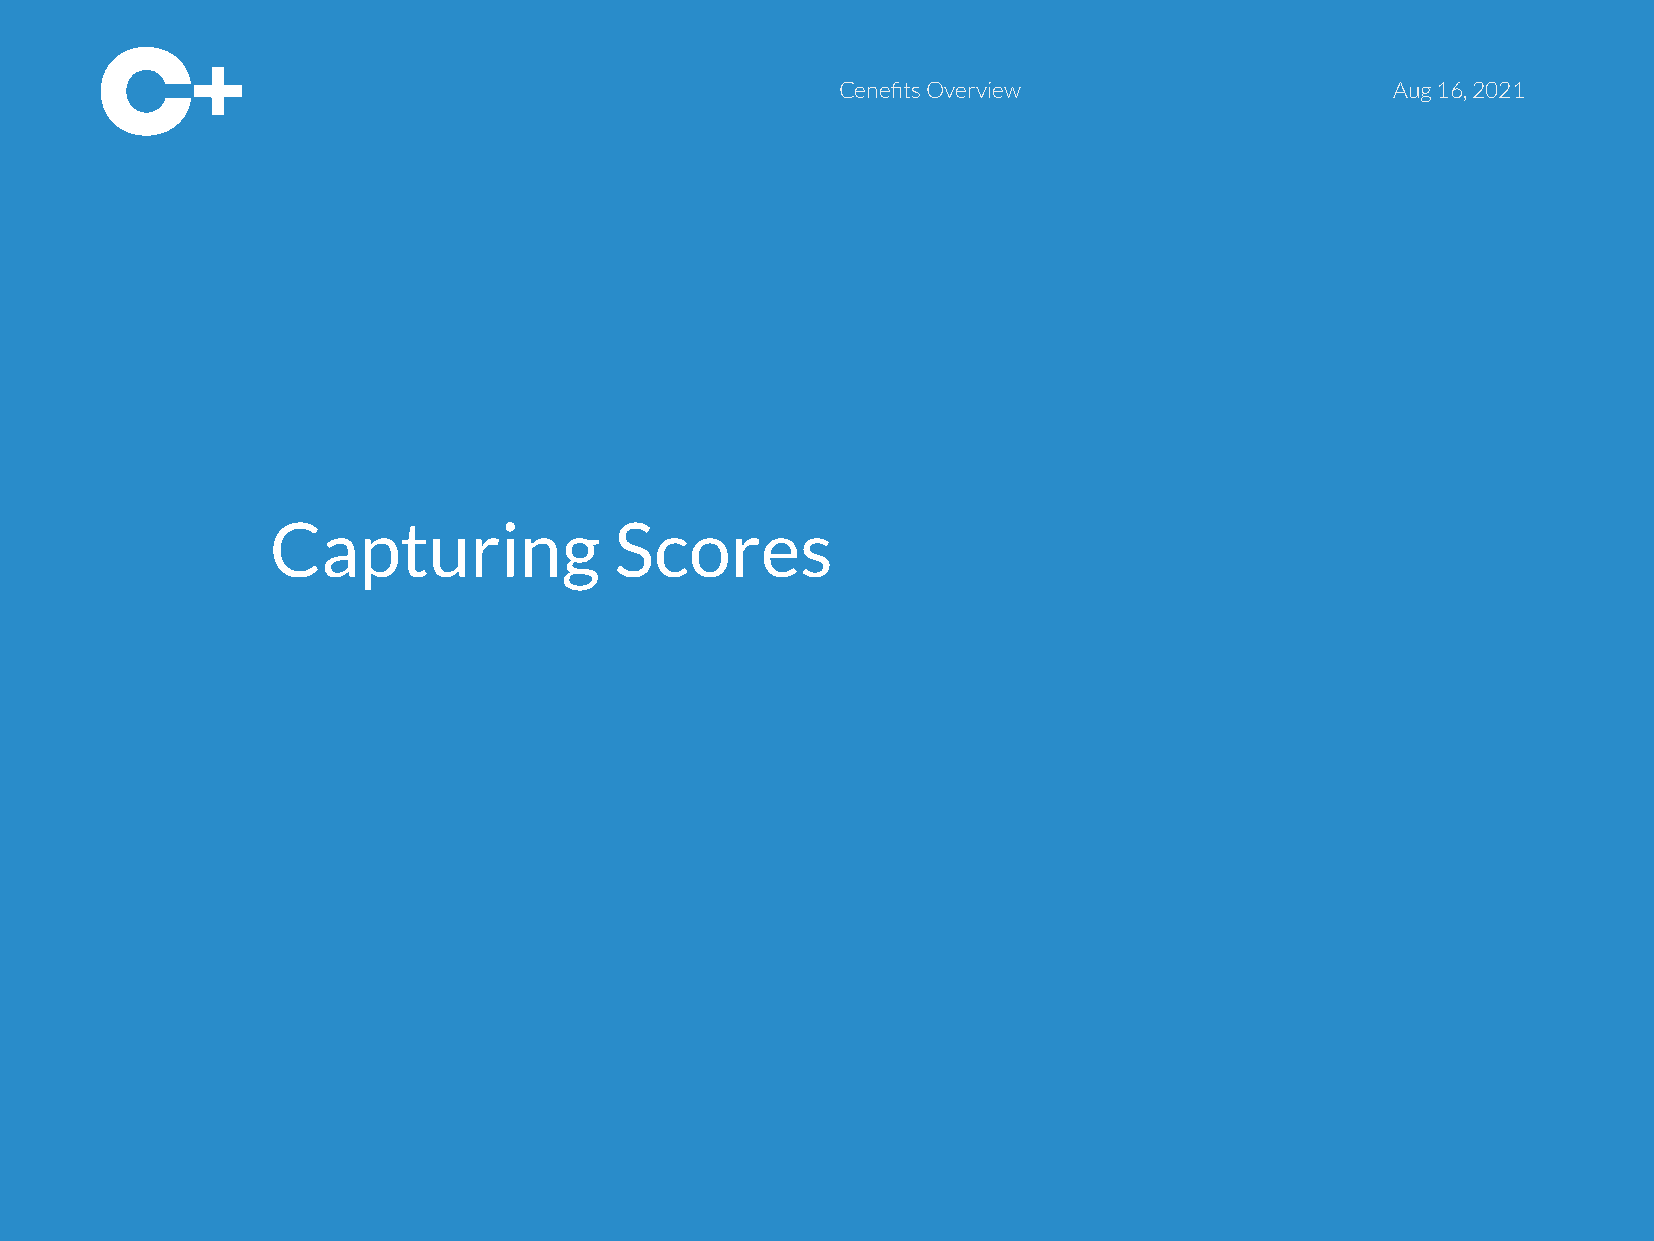
Cenefits Overview                   Aug 16, 2021
 Capturing              Scores